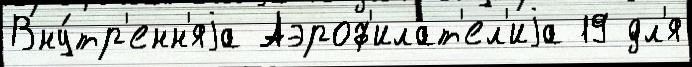
Вну́тр'енн'яjа Аэроф'илат'ел'иjа 19 дл'я